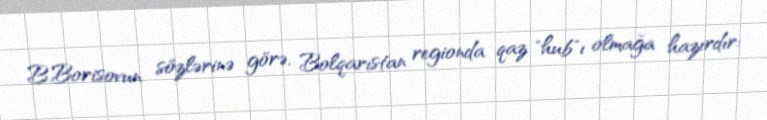
B.Borisovun sözlərinə görə, Bolqarıstan regionda qaz "hub"ı olmağa hazırdır: